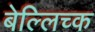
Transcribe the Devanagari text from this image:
बेल्लिच्क